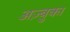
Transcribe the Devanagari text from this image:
अज़्बुका